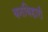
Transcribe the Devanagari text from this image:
बनबिहारी